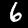
Digit: 6